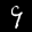
Label: 9